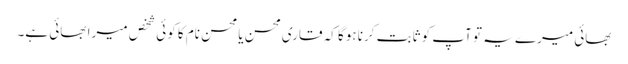
بھائی میرے یہ تو آپ کو ثابت کرنا ہوگا کہ قاری محسن یا محسن نام کا کوئی شخص میرا بھائی ہے۔